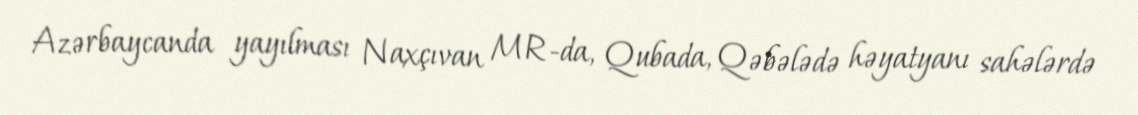
Azərbaycanda yayılması Naxçıvan MR-da, Qubada, Qəbələdə həyatyanı sahələrdə